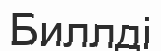
Биллді